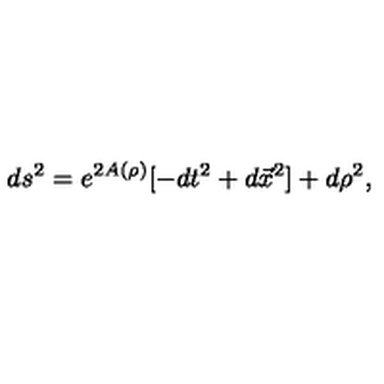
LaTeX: d s ^ { 2 } = e ^ { 2 A ( \rho ) } [ - d t ^ { 2 } + d \vec { x } ^ { 2 } ] + d \rho ^ { 2 } ,